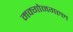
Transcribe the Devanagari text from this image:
मक्गोनगल्ल